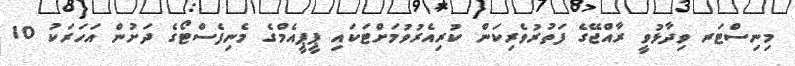
މިނިސްޓަރ ވިދާޅުވީ ރާއްޖޭގެ ފަތުރުވެރިކަން ކުރިއެރުވުމަށްޓަކައި ޕީޕީއެމްގެ މެނިފެސްޓޯގެ ދަށުން އަހަރަކު 10